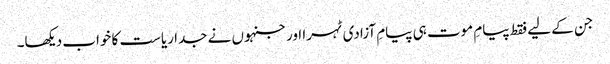
جن کے لیے فقط پیامِ موت ہی پیامِ آزادی ٹہرا اورجنہوں نے جدا ریاست کا خواب دیکھا۔